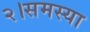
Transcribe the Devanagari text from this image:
२।समस्या